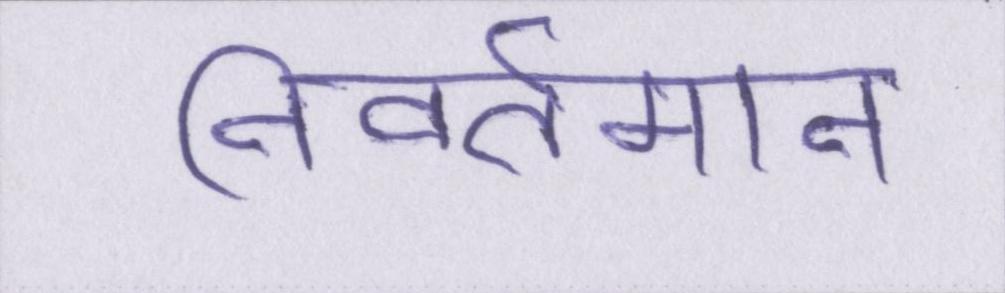
निवर्तमान